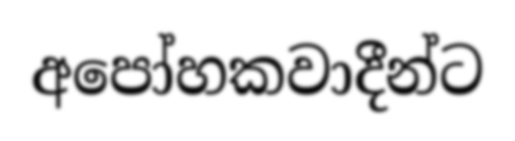
අපෝහකවාදීන්ට